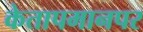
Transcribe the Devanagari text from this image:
केतापमानपर